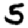
Digit: 5